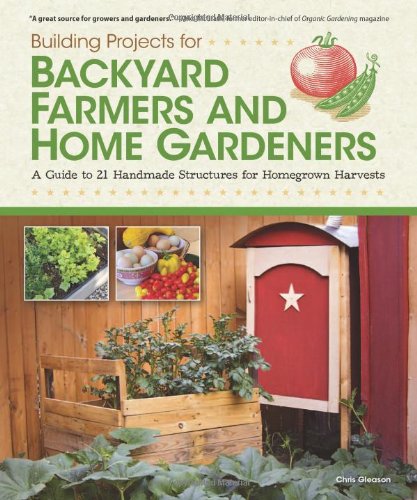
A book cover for Building Projects for Backyard Farmers and Home Gardeners: A Guide to 21 Handmade Structures for Homegrown Harvests; Chris Gleason; Crafts, Hobbies & Home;